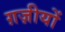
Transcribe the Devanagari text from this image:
ग़ज़ीयों